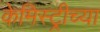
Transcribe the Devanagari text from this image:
केमिस्ट्रीच्या